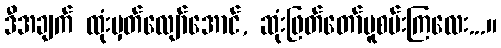
ဒီအချက် ထုံးမှတ်လျော်အောင်, ဆုံးဖြတ်တော်မူစမ်းကြလေး...။